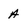
Character: a